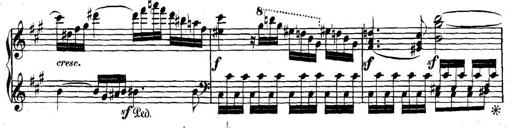
Title: Collected Piano Sonatas
Composer: Muzio Clementi